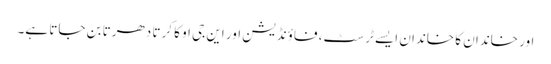
اور خاندان کا خاندان ایسے ٹرسٹ، فاؤنڈیشن اور این جی او کا کرتا دھرتا بن جاتا ہے۔